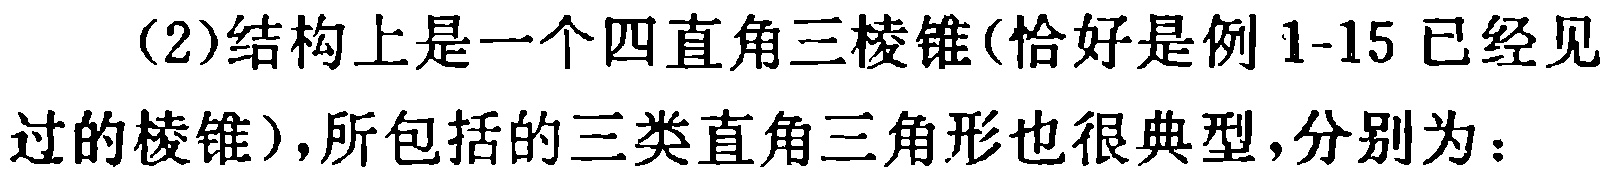
（2）结构上是一个四直角三棱锥(恰好是例1-15已经见过的棱锥)，所包括的三类直角三角形也很典型，分别为：